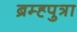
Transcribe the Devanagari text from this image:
ब्रम्ह्पुत्रा